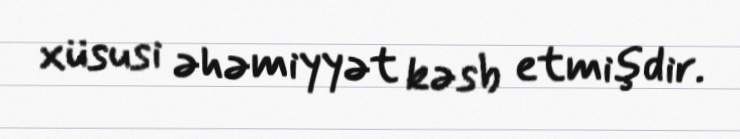
xüsusi əhəmiyyət kəsb etmişdir.